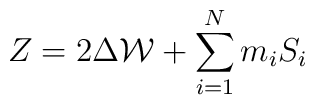
Z=2\Delta{\cal W}+\sum_{i=1}^{N}m_{i}S_{i}